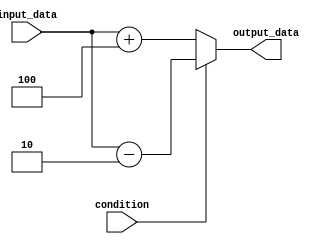
module if_else_with_negation (
    input wire condition,
    input wire [3:0] input_data,
    output reg [3:0] output_data
);

always @*
begin
    if (~condition) begin
        output_data = input_data + 4; // Add 4 to input_data if condition is false
    end
    else begin
        output_data = input_data - 2; // Subtract 2 from input_data if condition is true
    end
end

endmodule